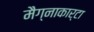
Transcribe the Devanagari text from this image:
मैग्नाकार्टा